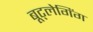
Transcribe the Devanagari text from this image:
बूट्लेगिंग